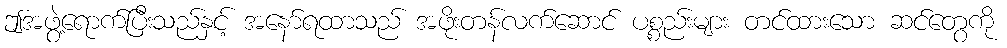
ဤအဖွဲ့ရောက်ပြီးသည်နှင့် အနော်ရထာသည် အဖိုးတန်လက်ဆောင် ပစ္စည်းများ တင်ထားသော ဆင်တွေကို